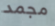
مجمد